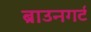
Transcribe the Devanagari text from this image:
ब्राउनगर्ट